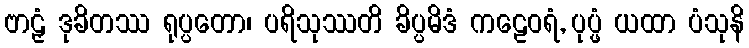
ဗာဠှံ ဒုခိတဿ ရုပ္ပတော၊ ပရိသုဿတိ ခိပ္ပမိဒံ ကဠေဝရံ, ပုပ္ဖံ ယထာ ပံသုနိ